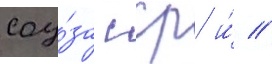
соу́за сср и́ //